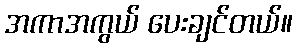
အကာအကွယ် ပေးချင်တယ်။